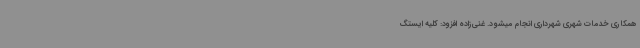
همکاری خدمات شهری شهرداری انجام میشود. غنی‌زاده افزود: کلیه ایستگ